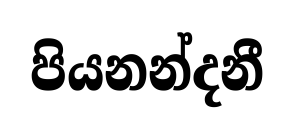
පියනන්දනී